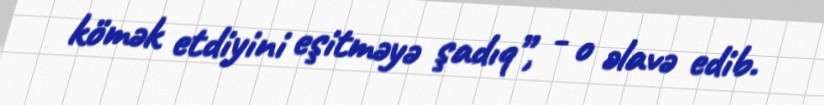
kömək etdiyini eşitməyə şadıq”, - o əlavə edib.